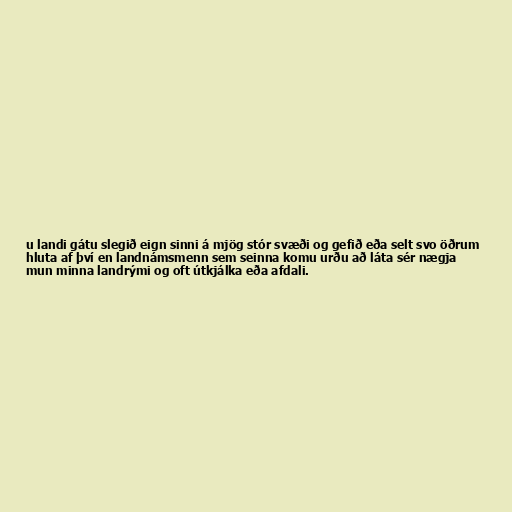
u landi gátu slegið eign sinni á mjög stór svæði og gefið eða selt svo öðrum
hluta af því en landnámsmenn sem seinna komu urðu að láta sér nægja
mun minna landrými og oft útkjálka eða afdali.